Madras plague regulations and rules - Volume 2
Disease focus: Plague
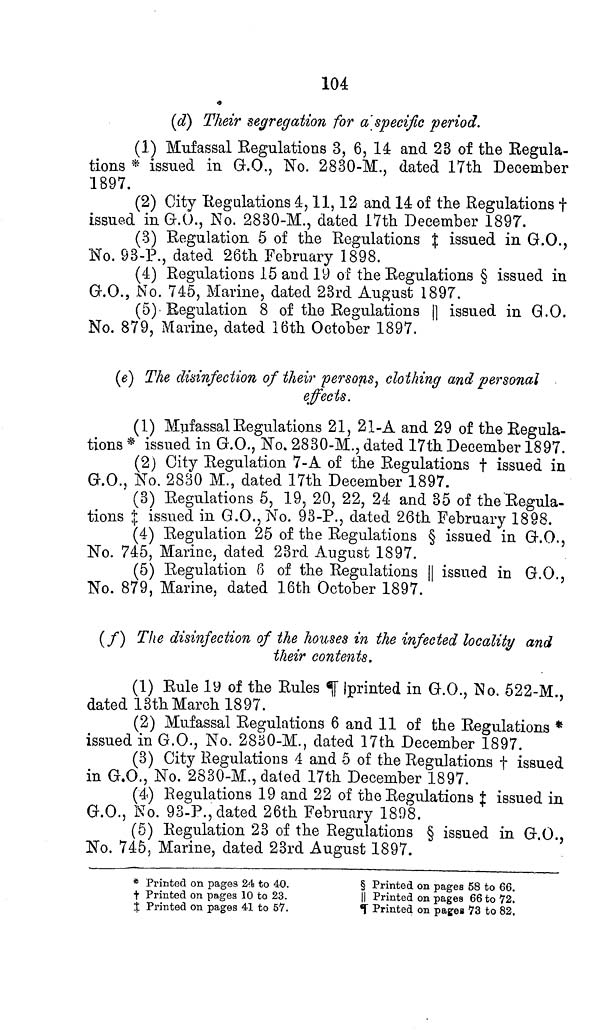
104
(d) Their segregation for a specific period.
(1) Mufassal Regulations 3, 6, 14 and 23 of the Regula-
tions * issued in G.O., No. 2830-M., dated 17th December
1897.
(2) City Regulations 4, 11, 12 and 14 of the Regulations †
issued in G.O., No. 2830-M., dated 17th December 1897.
(3) Regulation 5 of the Regulations ‡ issued in G.O.,
No. 93-P., dated 26th February 1898.
(4) Regulations 15 and 19 of the Regulations § issued in
G.O., No. 745, Marine, dated 23rd August 1897.
(5) Regulation 8 of the Regulations || issued in G.O.
No. 879, Marine, dated 16th October 1897.
(e) The disinfection of their persons, clothing and personal
effects.
(1) Mufassal Regulations 21, 21-A and 29 of the Regula-
tions * issued in G.O., No. 2830-M., dated 17th December 1897.
(2) City Regulation 7-A of the Regulations † issued in
G.O., No. 2830 M., dated 17th December 1897.
(3) Regulations 5, 19, 20, 22, 24 and 35 of the Regula-
tions ‡ issued in G.O., No. 93-P., dated 26th February 1898.
(4) Regulation 25 of the Regulations § issued in G.O.,
No. 745, Marine, dated 23rd August 1897.
(5) Regulation 6 of the Regulations || issued in G.O.,
No. 879, Marine, dated 16th October 1897.
(/) The disinfection of the houses in the infected locality and
their contents.
(1) Rule 19 of the Rules ¶ printed in G.O., No. 522-M.,
dated 13th March 1897.
(2) Mufassal Regulations 6 and 11 of the Regulations *
issued in G.O., No. 2830-M., dated 17th December 1897.
(3) City Regulations 4 and 5 of the Regulations † issued
in G.O., No. 2830-M., dated 17th December 1897.
(4) Regulations 19 and 22 of the Regulations ‡ issued in
G.O., No. 93-P., dated 26th February 1808.
(5) Regulation 23 of the Regulations § issued in G.O.,
No. 745, Marine, dated 23rd August 1897.
* Printed on pages 24 to 40.
† Printed on pages 10 to 23.
‡ Printed on pages 41 to 57.
§ Printed on pages 58 to 66.
|| Printed on pages 66 to 72.
¶ Printed on pages 73 to 82.